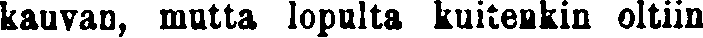
kauvan, mutta lopulta kuitenkin oltiin